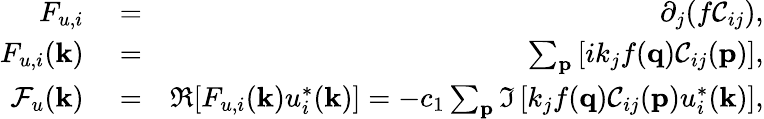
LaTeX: \begin{array}{rlr}{F_{u,i}}&{{}=}&{\partial_{j}(f\mathcal{C}_{ij}),}\\ {F_{u,i}({\mathbf k})}&{{}=}&{\sum_{\mathbf p}\left[ik_{j}f({\mathbf q})\mathcal{C}_{ij}({\mathbf p})\right],}\\ {\mathcal{F}_{u}({\mathbf k})}&{{}=}&{\Re[F_{u,i}({\mathbf k})u_{i}^{*}({\mathbf k})]=-c_{1}\sum_{\mathbf p}\Im\left[k_{j}f({\mathbf q})\mathcal{C}_{ij}({\mathbf p})u_{i}^{*}({\mathbf k})\right],}\end{array}